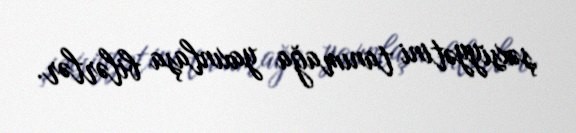
şəxsiyyətini tanımağa yaxınlaşa bilərlər.